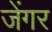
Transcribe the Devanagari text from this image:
जेंगर